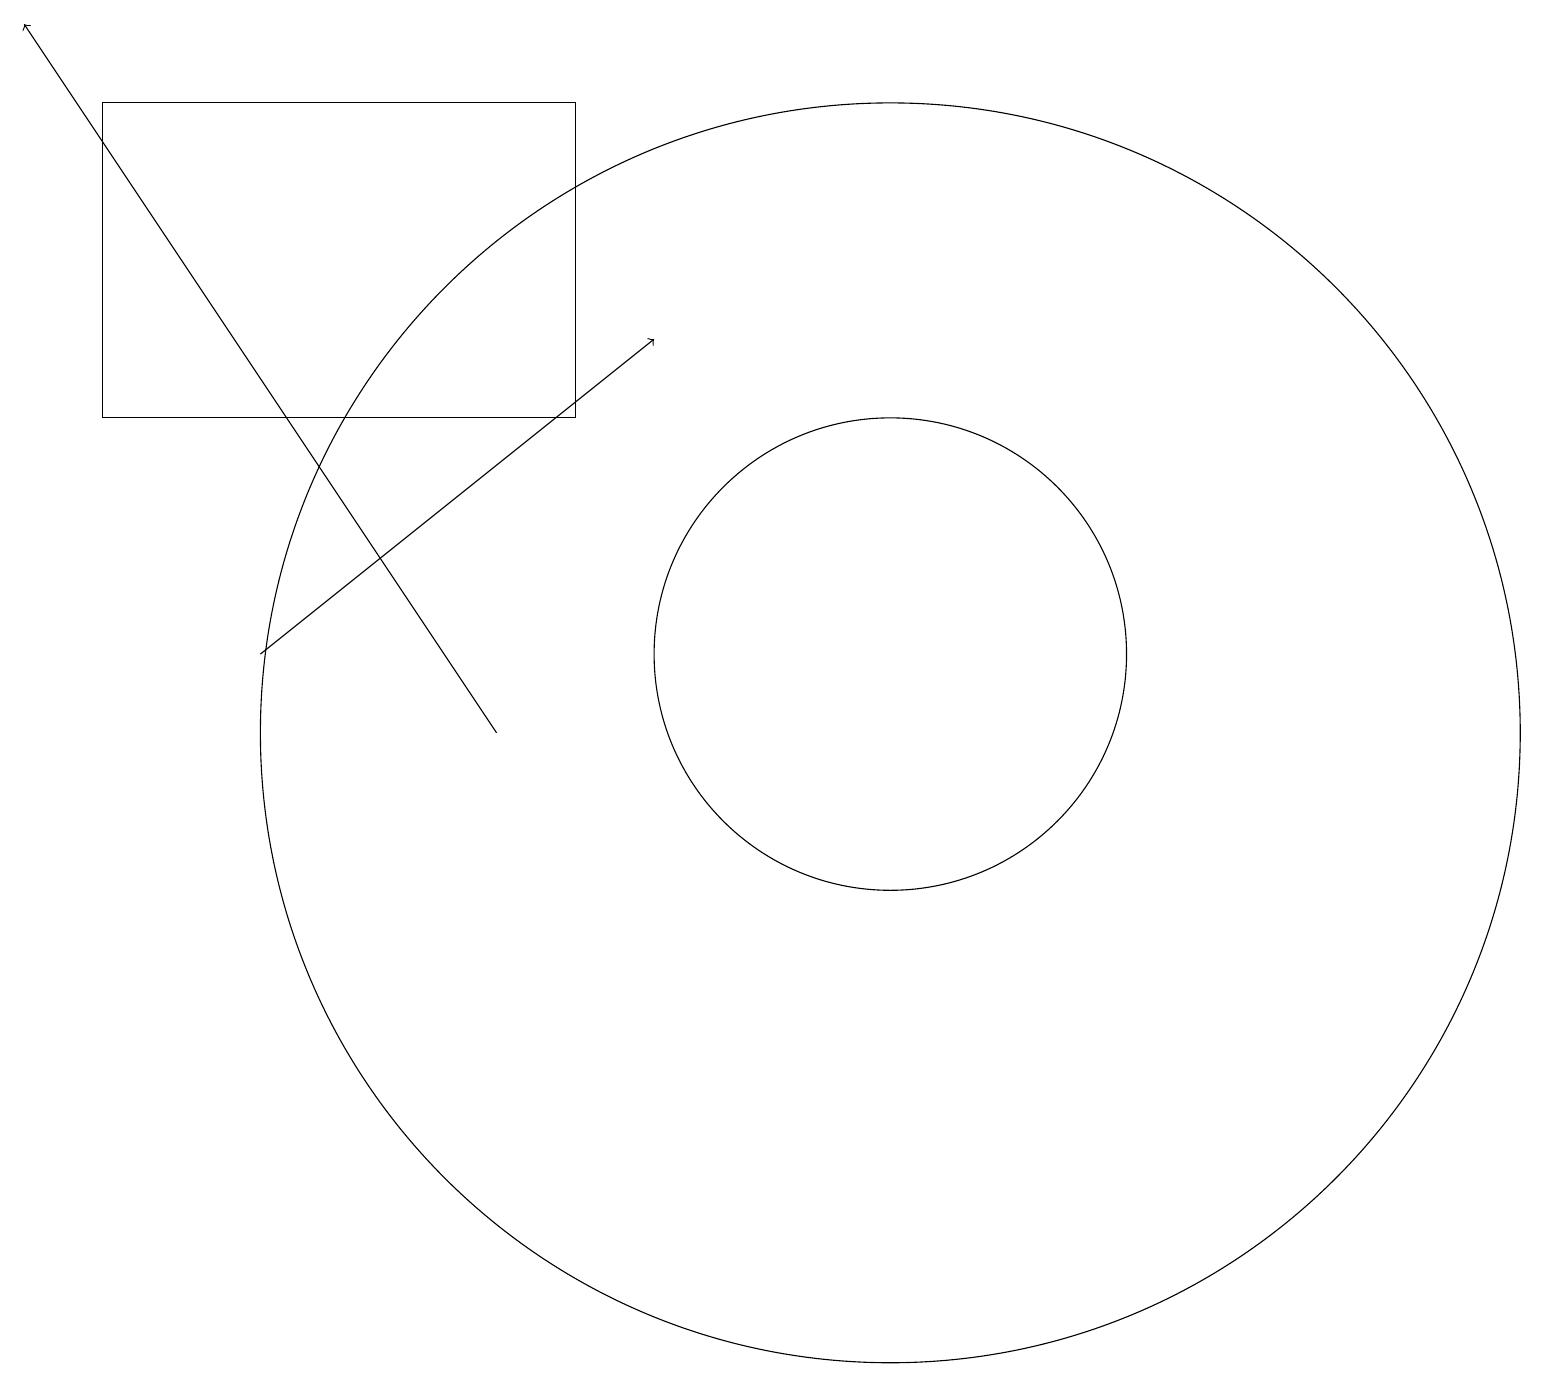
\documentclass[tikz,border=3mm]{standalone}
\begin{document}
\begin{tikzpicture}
\draw (11,10) circle (8);
\draw (1,18) rectangle (7,14);
\draw[->] (6,10) -- (0,19);
\draw (11,11) circle (3);
\draw[->] (3,11) -- (8,15);
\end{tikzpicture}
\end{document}